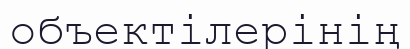
объектілерінің